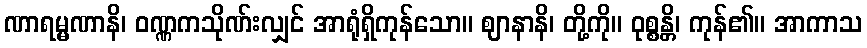
ဏာရမ္မဏာနိ၊ ဝဏ္ဏကသိုဏ်းလျှင် အာရုံရှိကုန်သော။ ဈာနာနိ၊ တို့ကို။ ဝုစ္စန္တိ၊ ကုန်၏။ အာကာသ